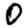
Digit: 0